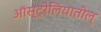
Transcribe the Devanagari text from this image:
ऑस्ट्रेलियातील्